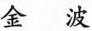
金波